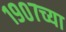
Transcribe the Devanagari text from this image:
१९०७च्या